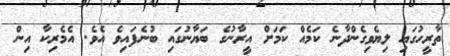
ތާރީހުގައި ލިޔެވިގެންދާނެ ކަމެއް ކަމަށް އީރާނުގެ ބަޔާނުގައި ބުނެފައިވެ އެވެ. އެމެރިކާ އިން